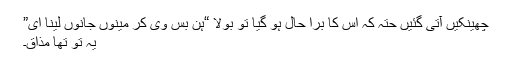
چھینکیں آتی گئیں حتہ کہ اس کا برا حال ہو گیا تو بولا “ہن بس وی کر مینوں جانوں لینا ای”
یہ تو تھا مذاق۔